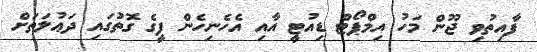
ފާއިތުވި ޖޫން މަހު އިމްޕޯޓް ޑިއުޓީ އާއި އެހެނިހެން ފީގެ ގޮތުގައި ދަޢުލަތަށް